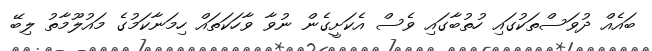
ބައެއް ދުވަސްތަކުގައި ހުތުބާގައި ވެސް އެކަށީގެން ނުވާ ވާހަކަތައް ހިމަނާކަމުގެ މައުލޫމާތު ލިބޭ